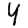
Digit: 4